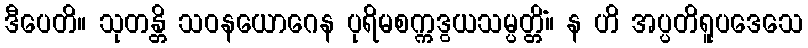
ဒီပေတိ။ သုတန္တိ သဝနယောဂေန ပုရိမစက္ကဒွယသမ္ပတ္တိံ။ န ဟိ အပ္ပတိရူပဒေသေ